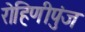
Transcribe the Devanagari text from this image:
रोहिणीपुंज